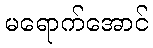
မရောက်အောင်